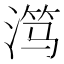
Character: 𬈏